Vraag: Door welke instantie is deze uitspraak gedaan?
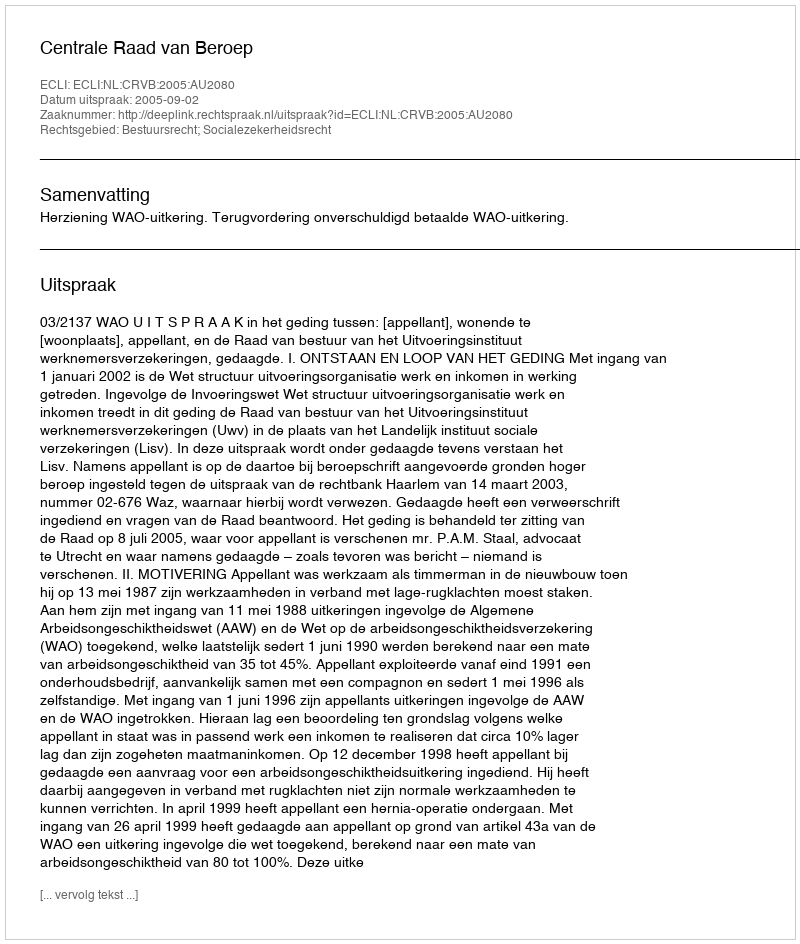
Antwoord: Centrale Raad van Beroep